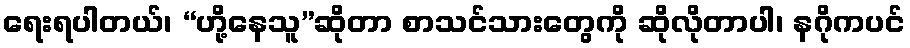
ရေးရပါတယ်၊ “ဟို့နေသူ”ဆိုတာ စာသင်သားတွေကို ဆိုလိုတာပါ၊ နဂိုကပင်